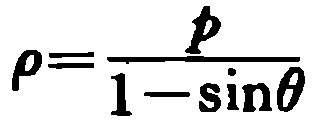
\(\rho=\frac{p}{1 - \sin\theta}\)